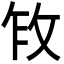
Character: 𫾩